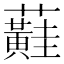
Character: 蘳